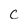
Character: c